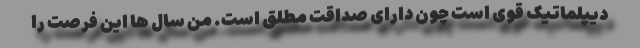
دیپلماتیک قوی است چون دارای صداقت مطلق است. من سال ها این فرصت را